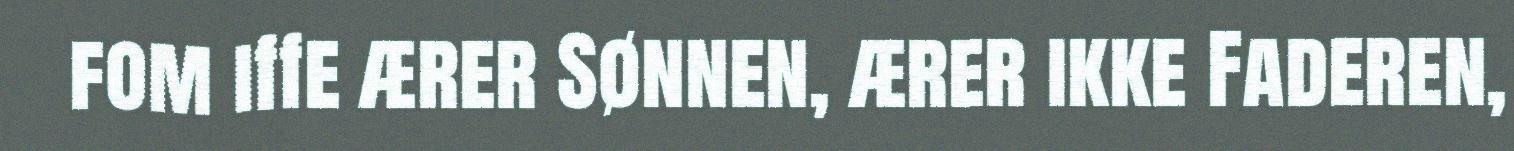
fom iffe ærer Sønnen, ærer ikke Faderen,